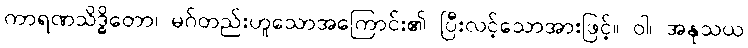
ကာရဏသိဒ္ဓိတော၊ မဂ်တည်းဟူသောအကြောင်း၏ ပြီးလင့်သောအားဖြင့်။ ဝါ၊ အနုသယ